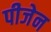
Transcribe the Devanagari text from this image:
पीजेन